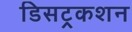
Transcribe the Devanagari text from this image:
डिसट्रकशन